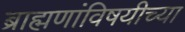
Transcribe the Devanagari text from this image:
ब्राह्मणांविषयीच्या